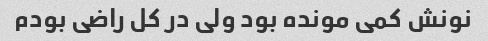
نونش کمی مونده بود ولی در کل راضی بودم